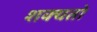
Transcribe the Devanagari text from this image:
शक्‍यतो